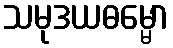
သမုဒယဓမ္မော